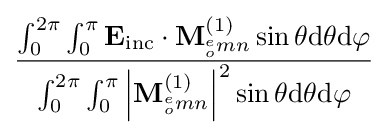
{\frac {\int _{0}^{2\pi }\int _{0}^{\pi }\mathbf {E} _{\text{inc}}\cdot \mathbf {M} _{^{e}_{o}mn}^{(1)}\sin \theta {\text{d}}\theta {\text{d}}\varphi }{\int _{0}^{2\pi }\int _{0}^{\pi }\left|\mathbf {M} _{^{e}_{o}mn}^{(1)}\right|^{2}\sin \theta {\text{d}}\theta {\text{d}}\varphi }}